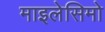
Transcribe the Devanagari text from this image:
माइलेसिमो